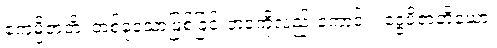
ဧကမ္ပိဇာတိံ၊ တစ်ခုသောဖြစ်ခြင်းဘဝကိုလည်းကောင်း။ ဒွေပိဇာတိယော၊